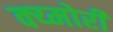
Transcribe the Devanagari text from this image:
क्य्मोरी